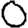
Digit: 0